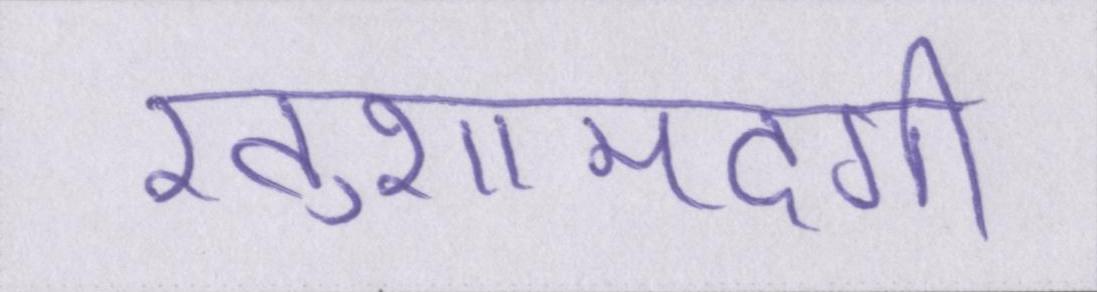
खुशामदगी